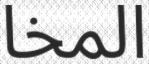
المخا